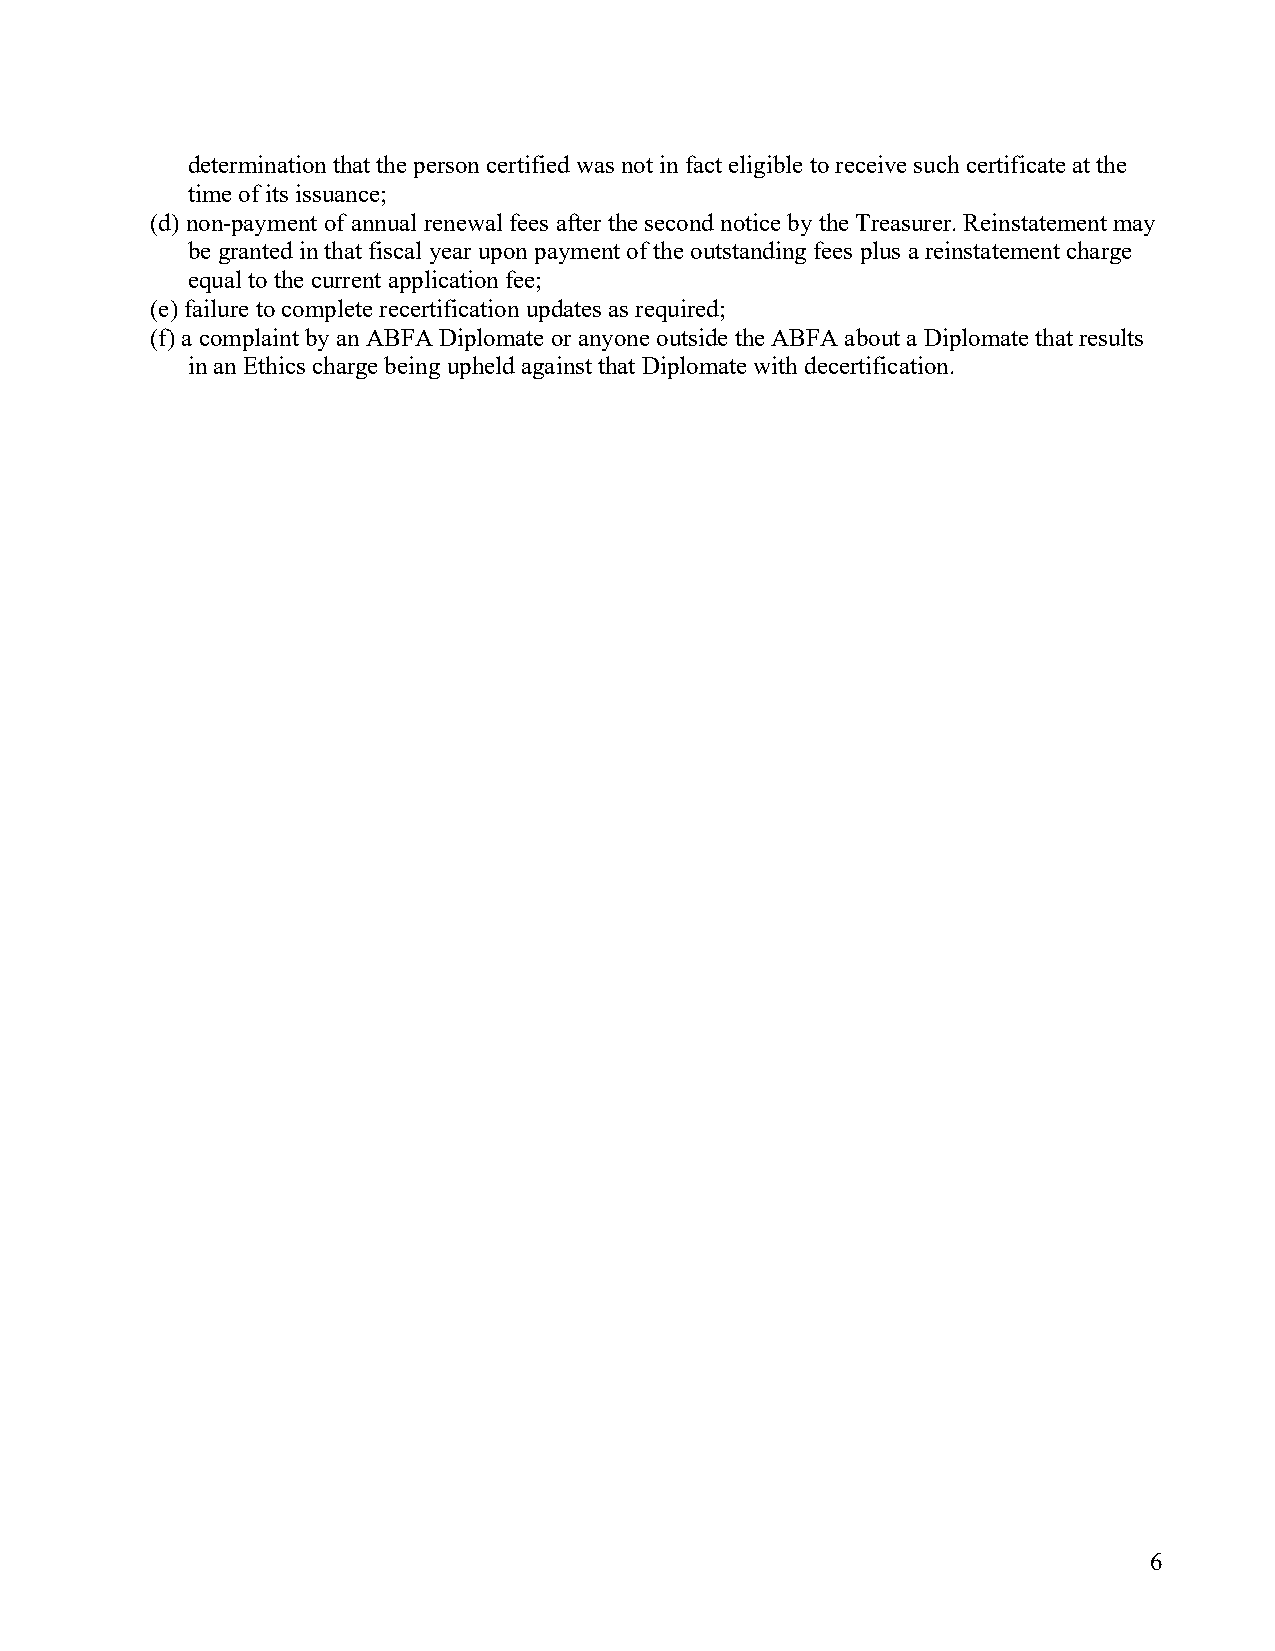
determination that the person certified was not in fact eligible to receive such certificate at the
 time of its issuance;
 (d) non-payment of annual renewal fees after the second notice by the Treasurer. Reinstatement may
 be granted in that fiscal year upon payment of the outstanding fees plus a reinstatement charge
 equal to the current application fee;
 (e) failure to complete recertification updates as required;
 (f) a complaint by an ABFA Diplomate or anyone outside the ABFA about a Diplomate that results
 in an Ethics charge being upheld against that Diplomate with decertification.
 6